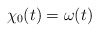
\begin{align*}\chi_0(t)=\omega(t)\end{align*}